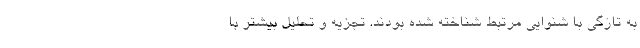
به تازگی با شنوایی مرتبط شناخته شده بودند. تجزیه و تحلیل بیشتر با